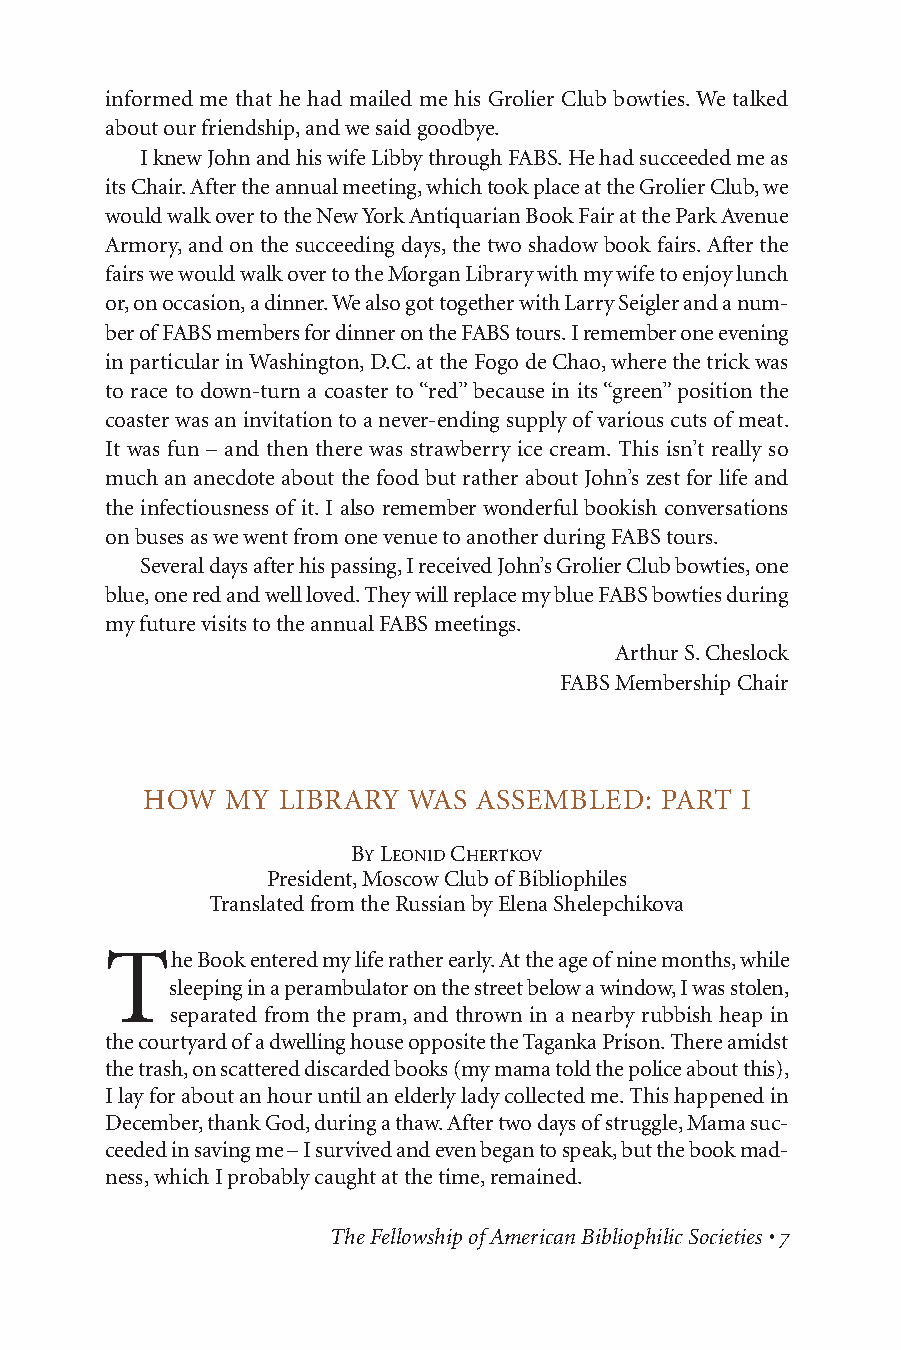
informed me that he had mailed me his Grolier Club bowties. We talked
 about our friendship, and we said goodbye.
 I knew John and his wife Libby through FABS. He had succeeded me as
 its Chair. After the annual meeting, which took place at the Grolier Club, we
 would walk over to the New York Antiquarian Book Fair at the Park Avenue
 Armory, and on the succeeding days, the two shadow book fairs. After the
 fairs we would walk over to the Morgan Library with my wife to enjoy lunch
 or, on occasion, a dinner. We also got together with Larry Seigler and a num-
 ber of FABS members for dinner on the FABS tours. I remember one evening
 in particular in Washington, D.C. at the Fogo de Chao, where the trick was
 to race to down-turn a coaster to “red” because in its “green” position the
 coaster was an invitation to a never-ending supply of various cuts of meat.
 It was fun – and then there was strawberry ice cream. This isn’t really so
 much an anecdote about the food but rather about John’s zest for life and
 the infectiousness of it. I also remember wonderful bookish conversations
 on buses as we went from one venue to another during FABS tours.
 Several days after his passing, I received John’s Grolier Club bowties, one
 blue, one red and well loved. They will replace my blue FABS bowties during
 my future visits to the annual FABS meetings.
 Arthur S. Cheslock
 FABS Membership Chair
 HOW   MY LIBRARY  WAS ASSEMBLED:   PART I
 BYLEONIDCHERTKOV
 President, Moscow Club of Bibliophiles
 Translated from the Russian by Elena Shelepchikova
 T
 he Book entered my life rather early. At the age of nine months, while
 sleeping in a perambulator on the street below a window, I was stolen,
 separated from the pram, and thrown in a nearby rubbish heap in
 the courtyard of a dwelling house opposite the Taganka Prison. There amidst
 the trash, on scattered discarded books (my mama told the police about this),
 I lay for about an hour until an elderly lady collected me. This happened in
 December, thank God, during a thaw. After two days of struggle, Mama suc-
 ceeded in saving me – I survived and even began to speak, but the book mad-
 ness, which I probably caught at the time, remained.
 The Fellowship of American Bibliophilic Societies • 